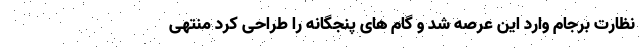
نظارت برجام وارد این عرصه شد و گام های پنجگانه را طراحی کرد منتهی